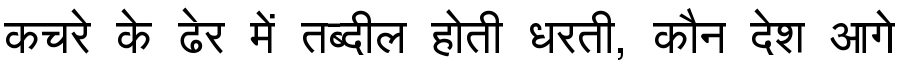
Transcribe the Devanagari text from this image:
कचरे के ढेर में तब्दील होती धरती, कौन देश आगे